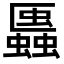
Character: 𧓨